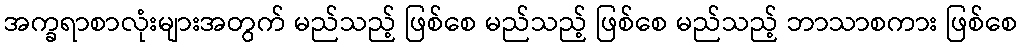
အက္ခရာစာလုံးများအတွက် မည်သည့် ဖြစ်စေ မည်သည့် ဖြစ်စေ မည်သည့် ဘာသာစကား ဖြစ်စေ